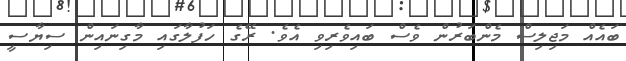
ބައެއް މަޖިލިސް މެންބަރުން ވެސް ބައިވެރިވި އެވެ. ރޭގެ ހަފުލާގައި މާގިނައިން ސިޔާސީ